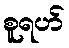
စူရဟ်